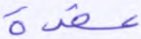
عقدة